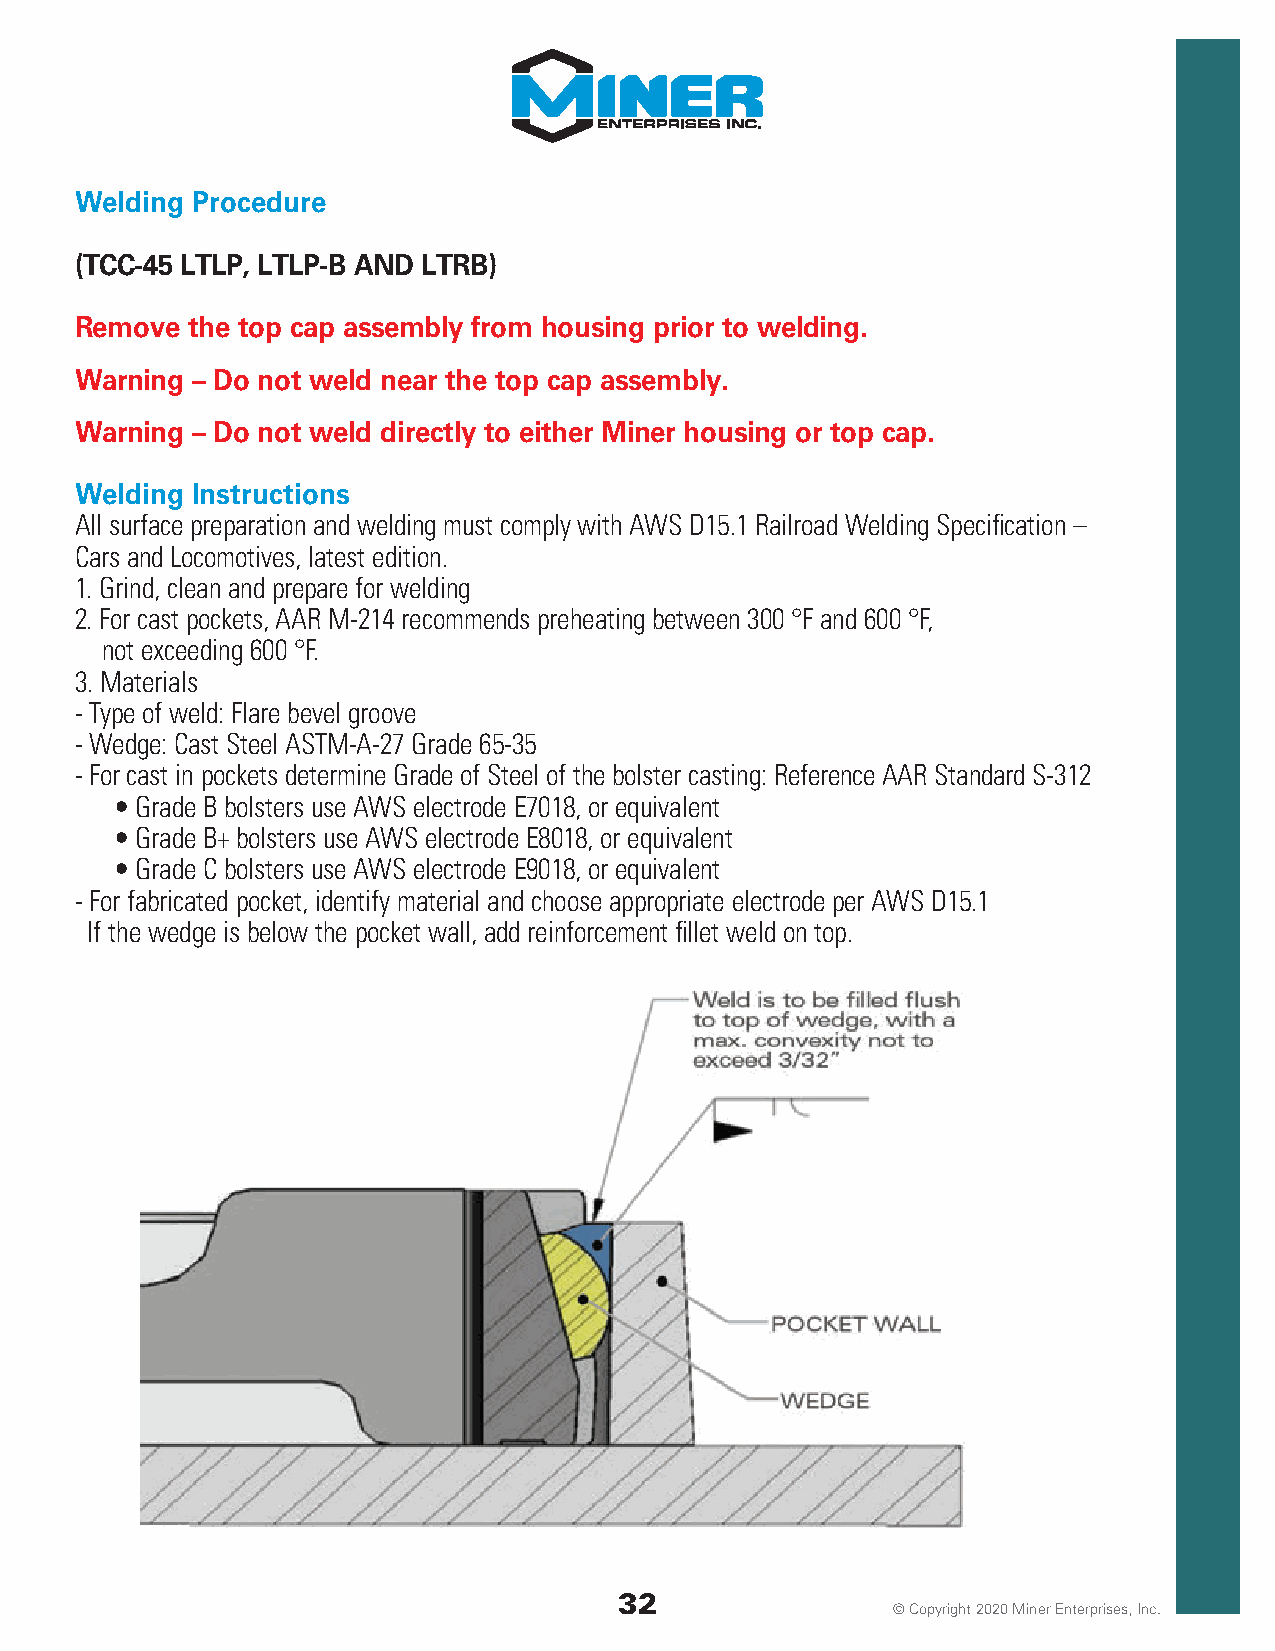
Welding Procedure
 (TCC-45 LTLP, LTLP-B AND LTRB)
 Remove the top cap assembly from housing prior to welding.
 Warning – Do not weld near the top cap assembly.
 Warning – Do not weld directly to either Miner housing or top cap.
 Welding Instructions
 All surface preparation and welding must comply with AWS D15.1 Railroad Welding Specification –
 Cars and Locomotives, latest edition.
 1. Grind, clean and prepare for welding
 2. For cast pockets, AAR M-214 recommends preheating between 300 °F and 600 °F,
 not exceeding 600 °F.
 3. Materials
 - Type of weld: Flare bevel groove
 - Wedge: Cast Steel ASTM-A-27 Grade 65-35
 - For cast in pockets determine Grade of Steel of the bolster casting: Reference AAR Standard S-312
 • Grade B bolsters use AWS electrode E7018, or equivalent
 • Grade B+ bolsters use AWS electrode E8018, or equivalent
 • Grade C bolsters use AWS electrode E9018, or equivalent
 - For fabricated pocket, identify material and choose appropriate electrode per AWS D15.1
 If the wedge is below the pocket wall, add reinforcement fillet weld on top.
 32
 © Copyright 2020 Miner Enterprises, Inc.